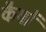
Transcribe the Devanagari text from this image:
कैयों